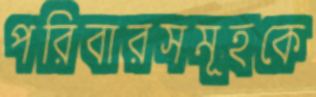
পরিবারসমূহকে